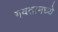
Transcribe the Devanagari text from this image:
गवतामध्ये